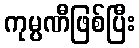
ကုမ္ပဏီဖြစ်ပြီး